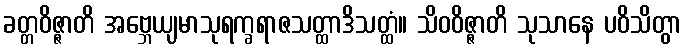
ခတ္တဝိဇ္ဇာတိ အဗ္ဘေယျမာသုရက္ခရာဇသတ္ထာဒိသတ္ထံ။ သိဝဝိဇ္ဇာတိ သုသာနေ ပဝိသိတွာ